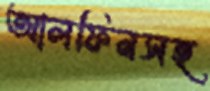
আলফিনসহ